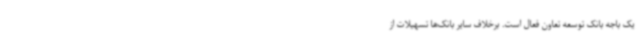
یک باجه بانک توسعه تعاون فعال است. برخلاف سایر بانک‌ها تسهیلات از